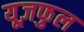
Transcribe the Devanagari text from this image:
यूज़फुल